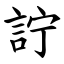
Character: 詝